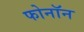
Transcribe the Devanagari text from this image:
फोनॉन